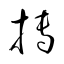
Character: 搏